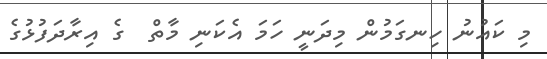
މި ކައުނު ހިނގަމުން މިދަނީ ހަމަ އެކަނި މާތް  ގެ އިރާދަފުޅުގެ